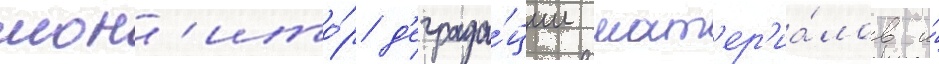
мон'ито́р д'еграда́ции мат'ер'иа́лов и́